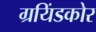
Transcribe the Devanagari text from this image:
ग्रयिंडकोर